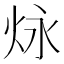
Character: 𪸠